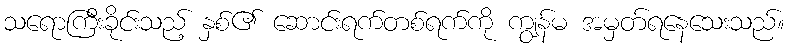
သရောကြီးခိုင်းသည့် နှစ်၏ ဆောင်းရက်တစ်ရက်ကို ကျွန်မ အမှတ်ရနေသေးသည်။